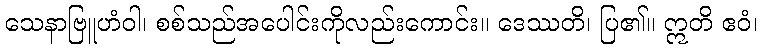
သေနာဗြူဟံဝါ၊ စစ်သည်အပေါင်းကိုလည်းကောင်း။ ဒေဿတိ၊ ပြ၏။ ဣတိ ဧဝံ၊